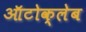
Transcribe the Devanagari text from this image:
ऑटोक्लेब